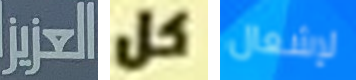
العزيز كل لإشعال